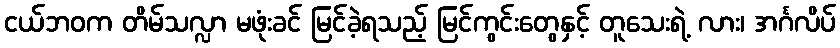
ငယ်ဘဝက တိမ်သလ္လာ မဖုံးခင် မြင်ခဲ့ရသည့် မြင်ကွင်းတွေနှင့် တူသေးရဲ့ လား၊ အင်္ဂလိပ်